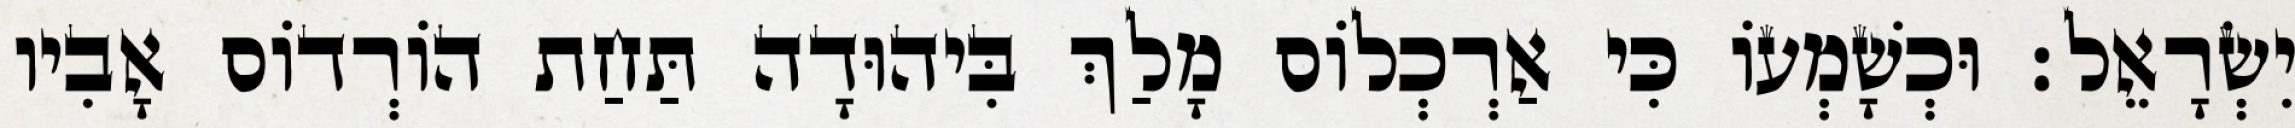
יִשְׂרָאֵל׃ וּכְשָׁמְעוֹ כִּי אַרְכְלוֹס מָלַךְ בִּיהוּדָה תַּחַת הוֹרְדוֹס אָבִיו